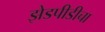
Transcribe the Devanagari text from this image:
झेडपीडीचा